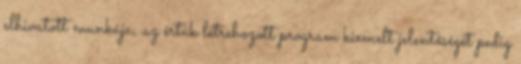
elhivatott munkája, az értük létrehozott program kiemelt jelentőségét pedig